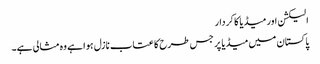
الیکشن اور میڈیا کا کردار
پاکستان میں میڈیا پر جس طرح کا عتاب نازل ہوا ہے وہ مثالی ہے۔